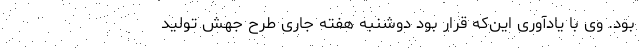
بود. وی با یادآوری این‌که قرار بود دوشنبه هفته جاری طرح جهش تولید